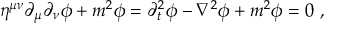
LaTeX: \eta ^ { \mu \nu } \partial _ { \mu } \partial _ { \nu } \phi + m ^ { 2 } \phi = \partial _ { t } ^ { 2 } \phi - \nabla ^ { 2 } \phi + m ^ { 2 } \phi = 0 ~ ,